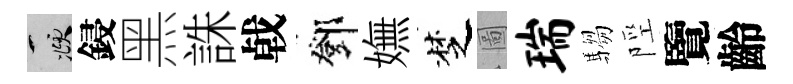
頫鋟黑誅㦸鄧嫵椘圖瑞騶陘覽齡